Civil Veterinary Dept. North-West Frontier Province 1933-46 - 1933-1946
Year: 1933
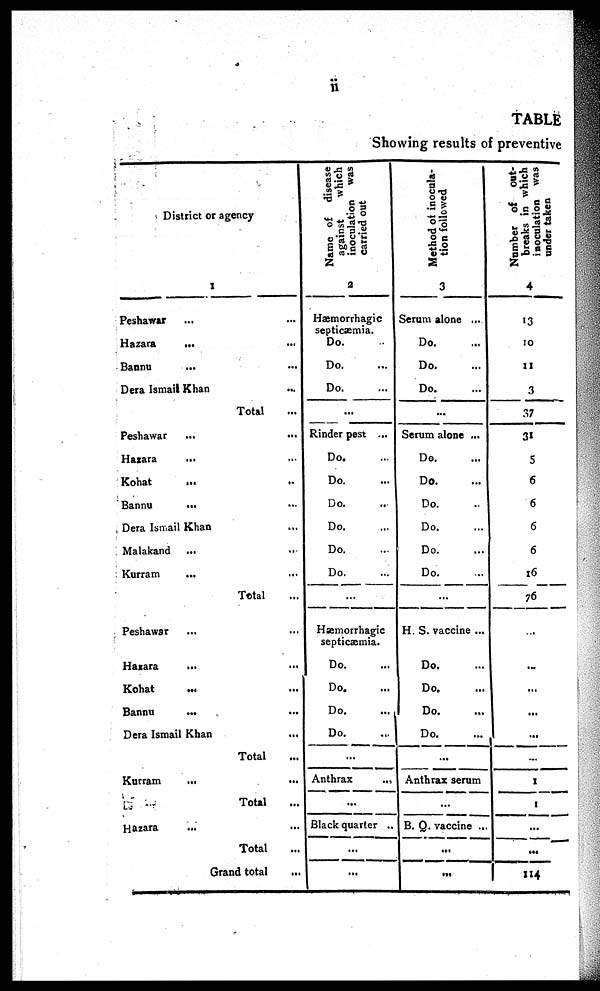
ii
TABLE
Showing results of preventive
District or agency
1
Peshawar ... ...
Hazara
... ...
Bannu ... ...
Dera Ismail Khan ...
Total ...
Peshawar
...
...
Hazara ... ...
Kohat ... ...
Bannu ... ...
Dera Ismail Khan ...
Malakand ... ...
Kurram
... ...
Total ...
Peshawar ... ...
Hazara
... ...
Kohat ... ...
Bannu
... ...
Dera Ismail Khan ...
Total ...
Kurram ... ...
Total ...
Hazara ... ...
Total ...
Grand total ...
Name of disease
against
which
inoculation was
carried out
2
Hæmorrhagic
septicæmia.
Do. ...
Do. ...
Do. ...
...
Rinder pest ...
Do. ...
Do. ...
Do. ...
Do. ...
Do. ...
Do. ...
...
Hæmorrhagic
septicæmia.
Do. ...
Do. ...
Do. ...
Do. ...
...
Anthrax
...
...
Black quarter ...
...
...
Method of inocula-
tion followed
3
Serum alone ...
Do. ...
Do. ...
Do. ...
...
Serum alone ...
Do. ...
Do.
...
Do.
...
Do. ...
Do. ...
Do. ...
...
H. S. vaccine ...
Do. ...
Do. ...
Do. ...
Do. ...
...
Anthrax serum
...
B. Q. vaccine ...
...
...
Number of out-
breaks in which
inoculation was
under taken
4
13
10
11
3
37
31
5
6
6
6
6
16
76
...
...
...
...
...
...
1
1
...
...
114